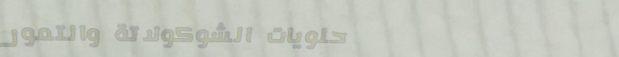
حلويات الشوكولاتة والتمور